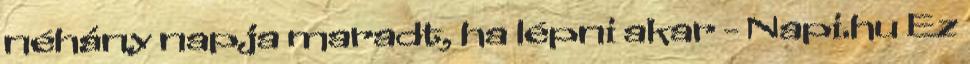
néhány napja maradt, ha lépni akar - Napi.hu Ez